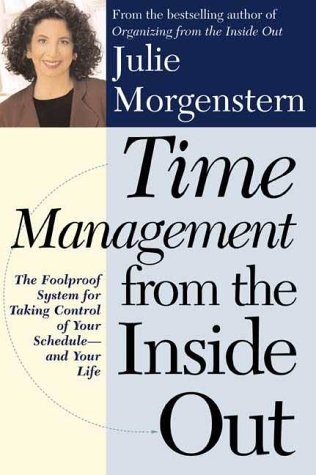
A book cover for Time Management from the Inside Out: The Foolproof System for Taking Control of Your Schedule and Your Life; Julie Morgenstern; Business & Money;